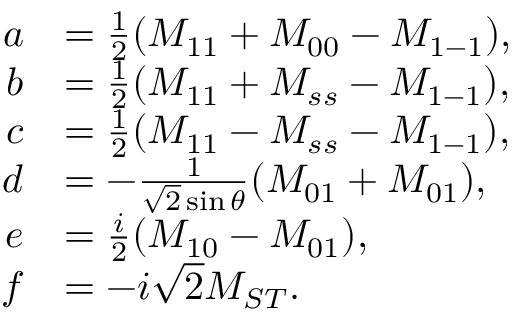
\begin{array} { r l } { a } & { = \frac { 1 } { 2 } ( M _ { 1 1 } + M _ { 0 0 } - M _ { 1 - 1 } ) , } \\ { b } & { = \frac { 1 } { 2 } ( M _ { 1 1 } + M _ { s s } - M _ { 1 - 1 } ) , } \\ { c } & { = \frac { 1 } { 2 } ( M _ { 1 1 } - M _ { s s } - M _ { 1 - 1 } ) , } \\ { d } & { = - \frac { 1 } { \sqrt { 2 } \sin \theta } ( M _ { 0 1 } + M _ { 0 1 } ) , } \\ { e } & { = \frac { i } { 2 } ( M _ { 1 0 } - M _ { 0 1 } ) , } \\ { f } & { = - i \sqrt { 2 } M _ { S T } . } \end{array}